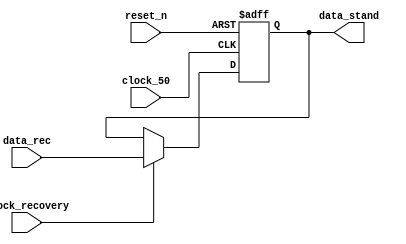
module write_axi_8bit(
		 input clock_recovery,
		 input clock_50,
		 input reset_n,
		 input [7:0] data_rec,
		 output reg [7:0] data_stand	
		);


always@(posedge clock_50 or negedge reset_n )
begin

	if(!reset_n)
	begin
		data_stand <= 8'd0;
	end
	else
	begin
		if(clock_recovery)
			data_stand <= data_rec;
		else
			data_stand <= data_stand;
	end
end

endmodule